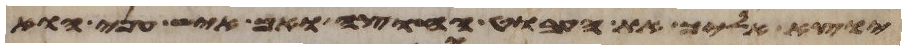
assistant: יוצא אליך את העבוט החוצה ואם איש עני הוא